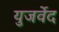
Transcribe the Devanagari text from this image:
युजर्वेद